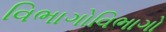
વિભાગોવિભાગો